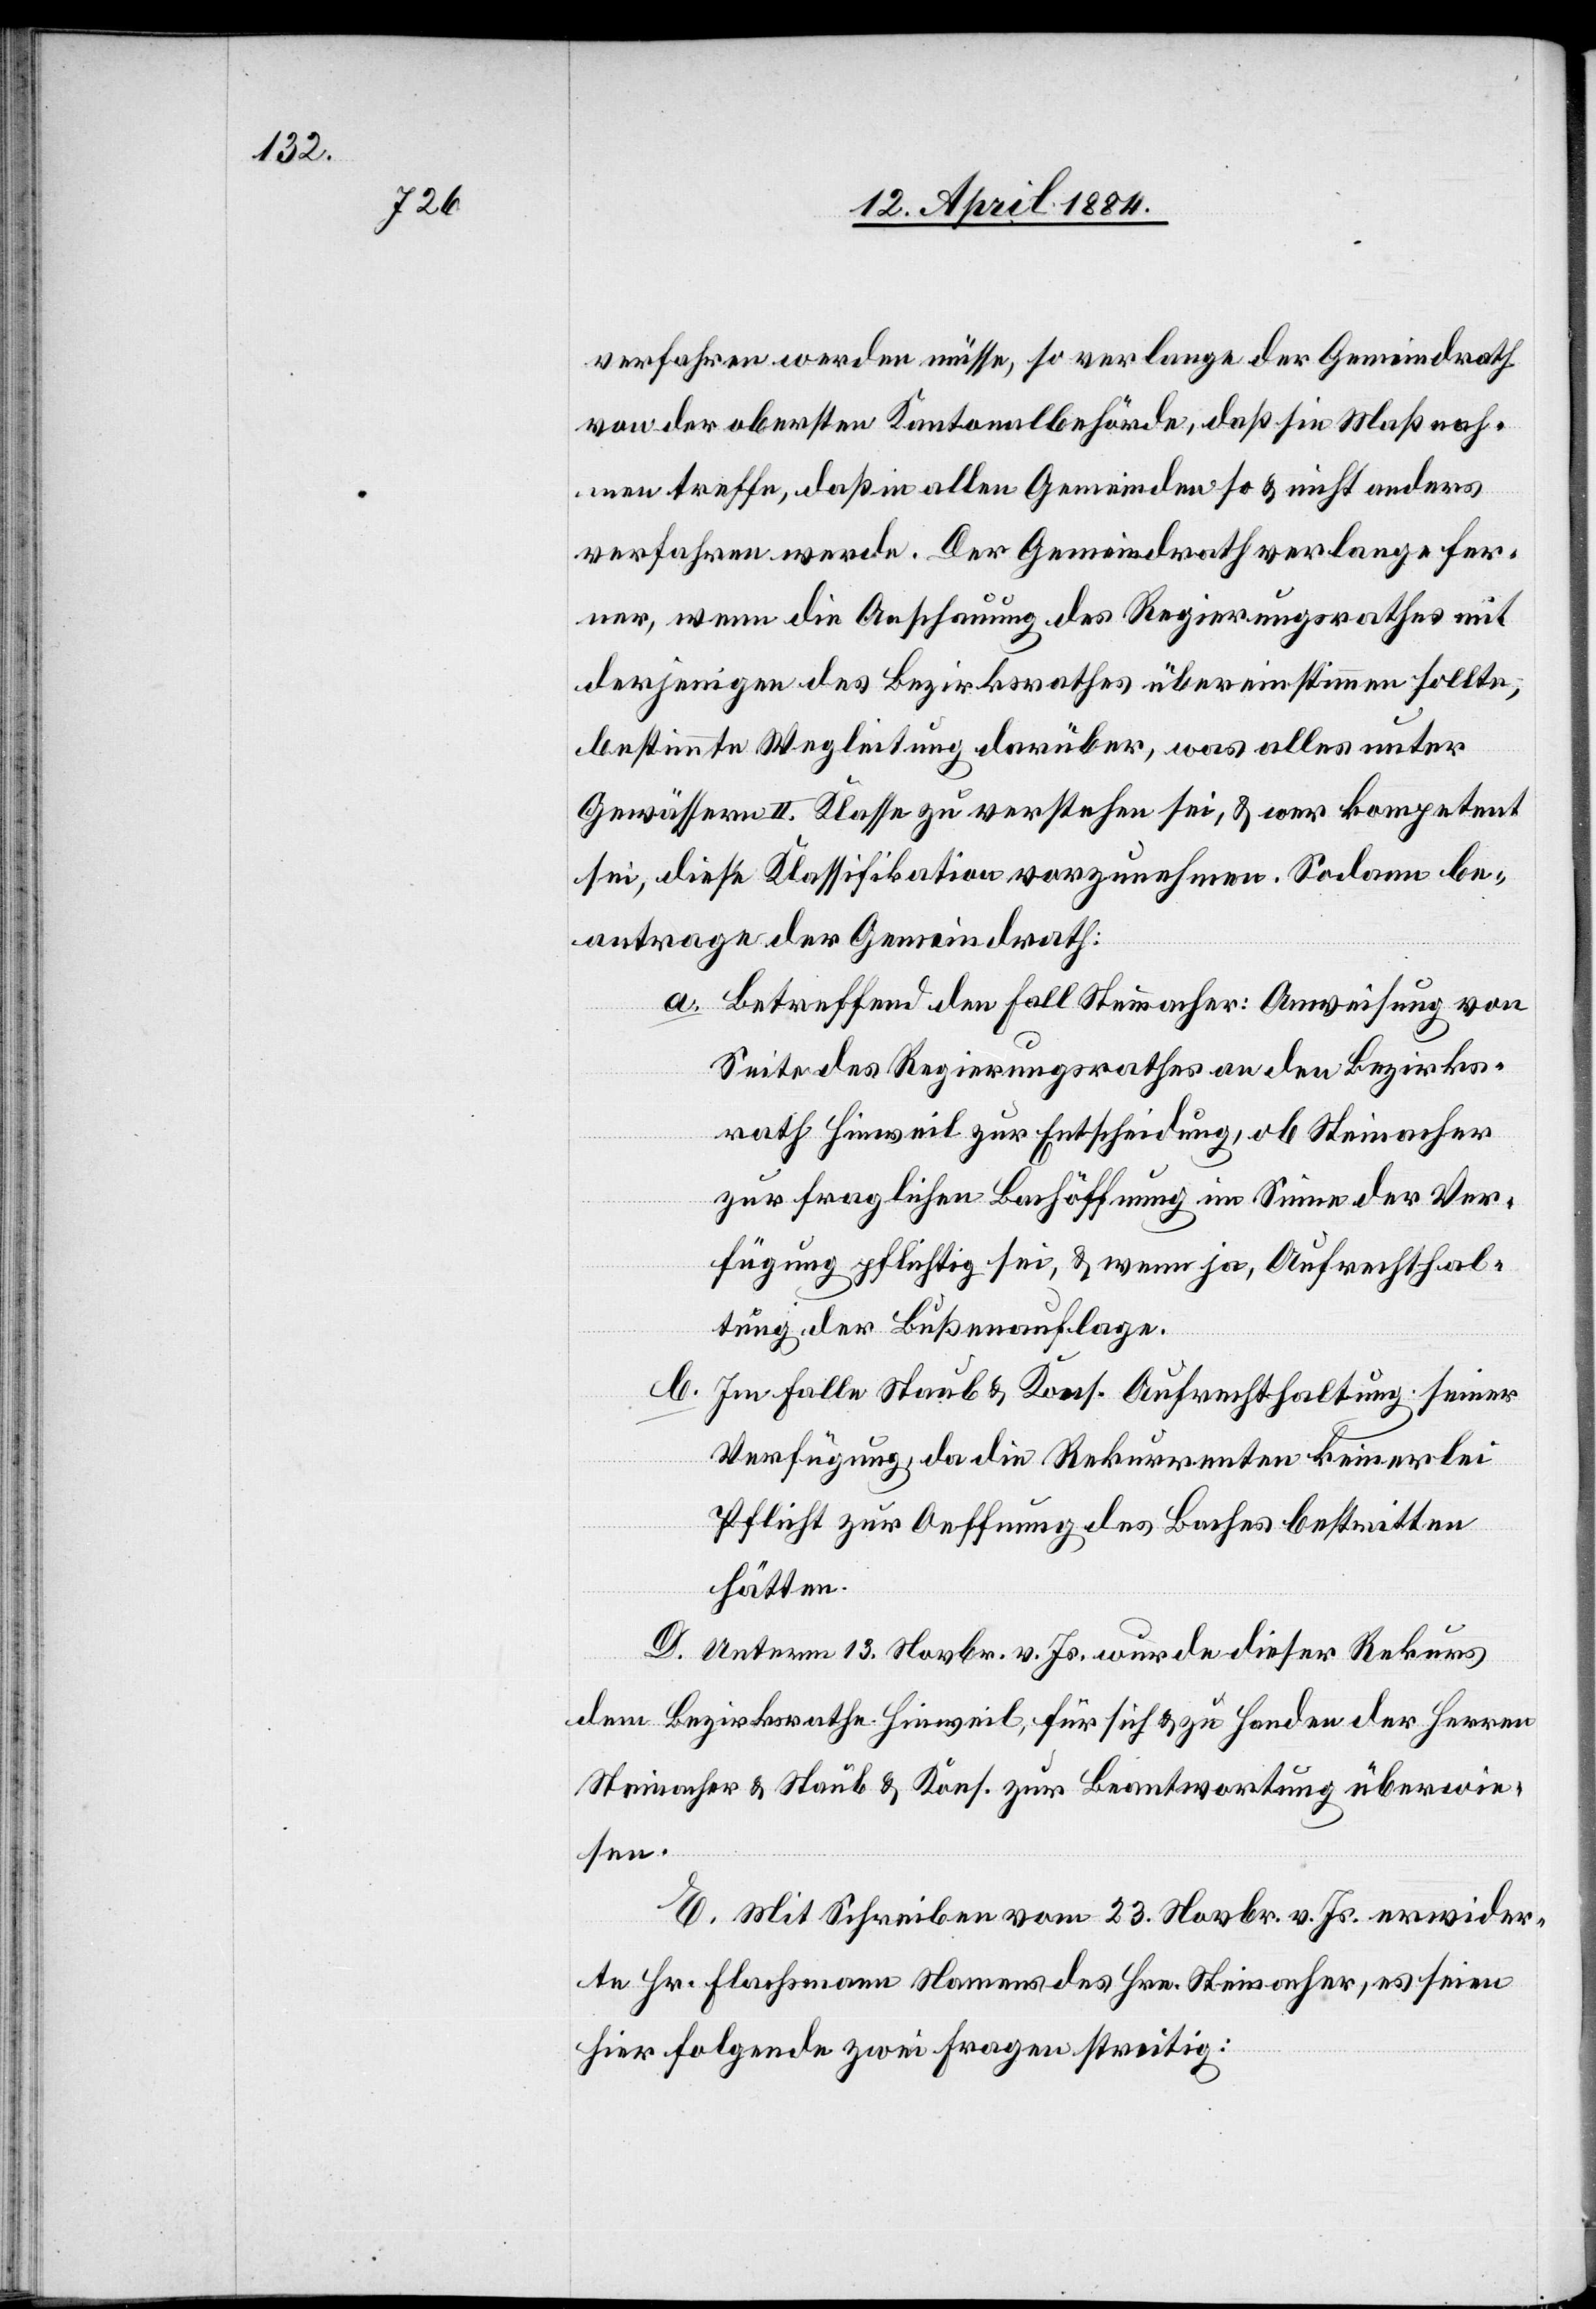
verfahren werden müsse, so verlange der Gemeindrath
von der obersten Kantonalbehörde, daß sie Maßnah¬
men treffe, daß in allen Gemeinden so & nicht anders
verfahren werde. Der Gemeindrath verlange fer¬
ner, wenn die Anschauung des Regierungsrathes mit
derjenigen des Bezirksrathes übereinstimmen sollte,
bestimmte Wegleitung darüber, was alles unter
Gewässern II. Klasse zu verstehen sei, & wer kompetent
sei, diese Klassifikation vorzunehmen. Sodann be¬
antrage der Gemeindrath:
a. Betreffend dem Fall Steinacher: Anweisung von
Seite des Regierungsrathes an den Bezirks¬
rath Hinweil zur Entscheidung, ob Steinacher
zur fraglichen Bachöffnung im Sinne der Ver¬
fügung pflichtig sei, & wenn ja, Aufrechthal¬
tung der Bußenauflage.
b.
Im Falle Staub & Kons. Aufrechterhaltung seiner
Verfügung, da die Rekurrenten keinerlei
Pflicht zur Oeffnung des Baches bestritten
hätten.
D. Unterm 13. Novbr. v. Js. wurde dieser Rekurs
dem Bezirksrathe Hinweil, für sich & zu Handen der Herren
Steinacher & Staub & Kons. zur Beantwortung überwie¬
sen.
E. Mit Schreiben vom 23. Novbr. v. Js. erwider¬
te Hr. Flachsmann Namens des Hrn. Steinacher, es seien
hier folgende zwei Fragen streitig: